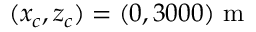
( x _ { c } , z _ { c } ) = ( 0 , 3 0 0 0 ) ~ \mathrm { m }